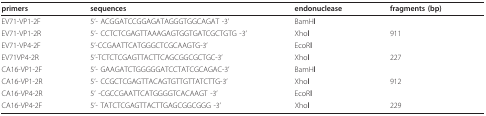
<table><thead><tr><td><b>primers</b></td><td><b>sequences</b></td><td><b>endonuclease</b></td><td><b>fragments (bp)</b></td></tr></thead><tbody><tr><td>EV71-VP1-2F</td><td>5&#x27;- ACGGATCCGGAGATAGGGTGGCAGAT -3&#x27;</td><td>BamHI</td><td></td></tr><tr><td>EV71-VP1-2R</td><td>5&#x27;- CCTCTCGAGTTAAAGAGTGGTGATCGCTGTG -3&#x27;</td><td>XhoI</td><td>911</td></tr><tr><td>EV71-VP4-2F</td><td>5&#x27;-CCGAATTCATGGGCTCGCAAGTG-3&#x27;</td><td>EcoRI</td><td></td></tr><tr><td>EV71VP4-2R</td><td>5&#x27;-TCTCTCGAGTTACTTCAGCGGCGCTGC-3&#x27;</td><td>XhoI</td><td>227</td></tr><tr><td>CA16-VP1-2F</td><td>5&#x27;- GAAGATCTGGGGGATCCTATCGCAGAC-3&#x27;</td><td>BamHI</td><td></td></tr><tr><td>CA16-VP1-2R</td><td>5&#x27;- CCGCTCGAGTTACAGTGTTGTTATCTTG-3&#x27;</td><td>XhoI</td><td>912</td></tr><tr><td>CA16-VP4-2R</td><td>5&#x27; -CGCCGAATTCATGGGGTCACAAGT -3&#x27;</td><td>EcoRI</td><td></td></tr><tr><td>CA16-VP4-2F</td><td>5&#x27;- TATCTCGAGTTACTTGAGCGGCGGG -3&#x27;</td><td>XhoI</td><td>229</td></tr></tbody></table>